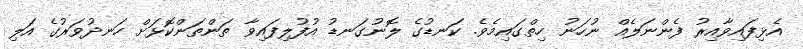
އެޅިފައިވާއިރު ފެންނަލެއް ނުހަނު ހިތްގައިމެވެ. ކަނޑުގެ ލޮނުގަނޑު އުފުލިފައިވާ ތަންތަންކޮޅަށް ހަނދުވަރުގެ އަލި